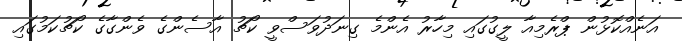
އަނެއްކޮޅުން ޕްރެމިއާ ލީގުގައި މިހާރު އެންމެ ގިނަދުވަސްވީ ކޯޗު އާސެންގެ ވެންގާގެ ކޯޗުކަމުގައި